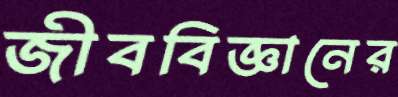
জীববিজ্ঞানের